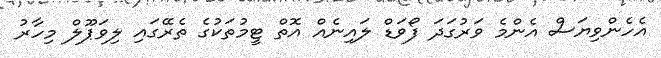
އެހެންވިޔަސް އެންމެ ވަރުގަދަ ފޯވަޑް ލައިނެއް އޮތް ޓީމުތަކުގެ ތެރޭގައި ލިވަޕޫލް މިހާރު